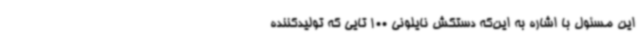
این مسئول با اشاره به این‌که دستکش نایلونی 100 تایی که تولیدکننده